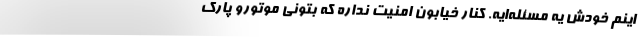
اینم خودش یه مسئله‌ایه. کنار خیابون امنیت نداره که بتونی موتورو پارک